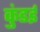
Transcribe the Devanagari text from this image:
कुंडई